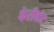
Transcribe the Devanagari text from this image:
फेरीबोट